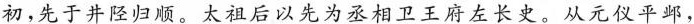
初，先于井陉归顺。太祖后以先为丞相卫王府左长史。从元仪平邺，